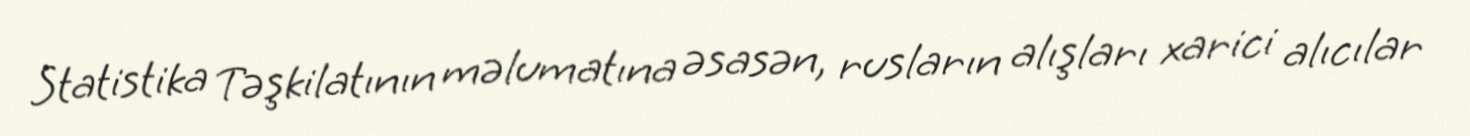
Statistika Təşkilatının məlumatına əsasən, rusların alışları xarici alıcılar